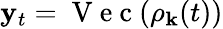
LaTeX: \mathbf y_{t}=\mathrm{~V~e~c~}(\mathbf\rho_{\mathbf k}(t))